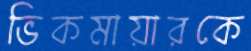
ভিকমায়ারকে